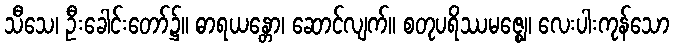
သီသေ၊ ဦးခေါင်းတော်၌။ ဓာရယန္တော၊ ဆောင်လျက်။ စတုပရိဿမဇ္ဈေ၊ လေးပါးကုန်သော